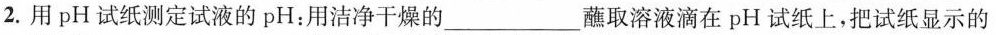
2.用pH试纸测定试液的pH：用洁净干燥的___蘸取溶液滴在pH试纸上，把试纸显示的